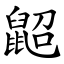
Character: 鼦